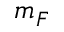
m _ { F }